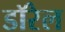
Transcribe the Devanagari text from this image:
डॉरेल